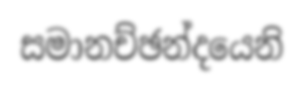
සමානච්ඡන්දයෙනි